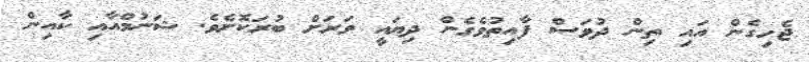
ޖެހިގެން އައި ތިން ދުވަސް ފާއިތުވެގެން ދިޔައީ ވަރަށް ބުރަކޮށެވެ. ޝަނުމްއާއި ކާއިން